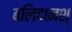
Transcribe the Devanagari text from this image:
बलिदानश्